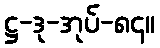
ဋ္ဌ-ဒု-အုပ်-၈၄။